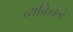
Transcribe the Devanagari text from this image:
व्यक्तिकडे